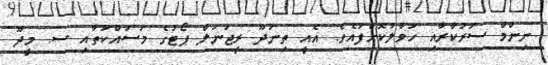
ނިންމާ ސަރުކާރާއި ހަވާލުކޮށްފައެވެ. އެއީ ތިނަދޫ ރީޖަނަލް ޕޯޓުގެ މަސައްކަތާއި ސ. މީދޫ